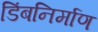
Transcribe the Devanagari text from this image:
डिंबनिर्माण